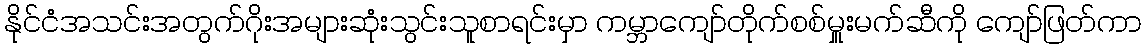
နိုင်ငံအသင်းအတွက်ဂိုးအများဆုံးသွင်းသူစာရင်းမှာ ကမ္ဘာကျော်တိုက်စစ်မှူးမက်ဆီကို ကျော်ဖြတ်ကာ